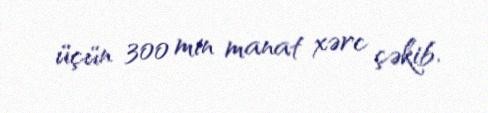
üçün 300 min manat xərc çəkib.